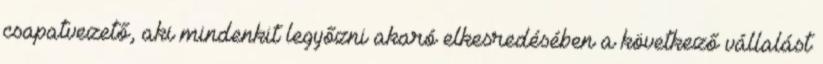
csapatvezető, aki mindenkit legyőzni akaró elkesredésében a következő vállalást